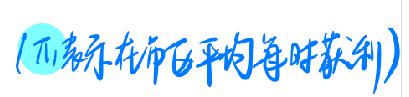
($\pi$表示在市区平均每时获利)